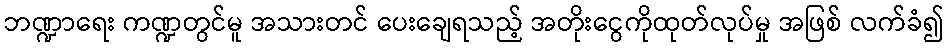
ဘဏ္ဍာရေး ကဏ္ဍတွင်မူ အသားတင် ပေးချေရသည့် အတိုးငွေကိုထုတ်လုပ်မှု အဖြစ် လက်ခံ၍